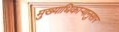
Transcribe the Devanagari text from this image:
मुख्याधिकार्‍यानुसार